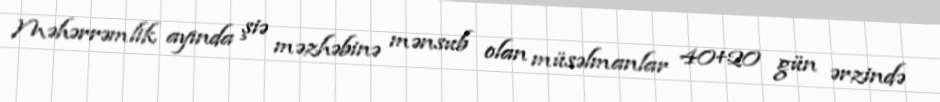
Məhərrəmlik ayında şiə məzhəbinə mənsub olan müsəlmanlar 40+20 gün ərzində